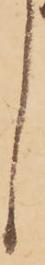
く